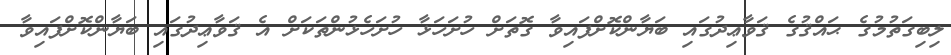
ލިބިގަތުމުގެ ޙައްޤުގެ ޤަވާޢިދުގައި ބަޔާންކޮށްފައިވާ ގޮތަށް ހުށަހަޅާ ހުށަހެޅުންތަކަށް އެ ޤަވާޢިދުގައި ބަޔާންކޮށްފައިވާ